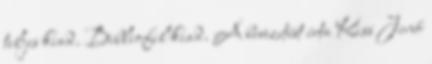
teljes kiad. Bibliofil kiad. A bevezetést írta Kiss Jenő